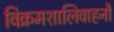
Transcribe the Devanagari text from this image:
विक्रमशालिवाहनौ